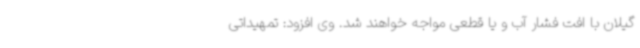
گیلان با افت فشار آب و یا قطعی مواجه خواهند شد. وی افزود: تمهیداتی